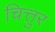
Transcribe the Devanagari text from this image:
चित्तुर